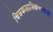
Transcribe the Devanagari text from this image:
चित्रकलाशिक्षणासाठी